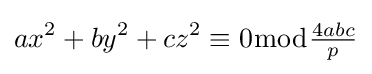
ax^{2}+by^{2}+cz^{2}\equiv 0{\bmod {\tfrac {4abc}{p}}}